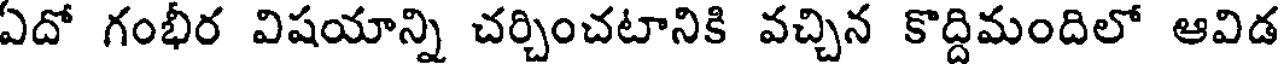
ఏదో గంభీర విషయాన్ని చర్చించటానికి వచ్చిన కొద్దిమందిలో ఆవిడ